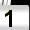
Digit: 1